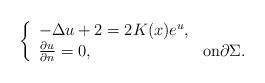
LaTeX: \begin{align*}\left\{\begin{array}{ll}-\Delta u +2 = 2 K(x) e^u, & \\\frac{\partial u}{\partial n} = 0, &\text{on$\partial\Sigma $.}\end{array}\right.\end{align*}